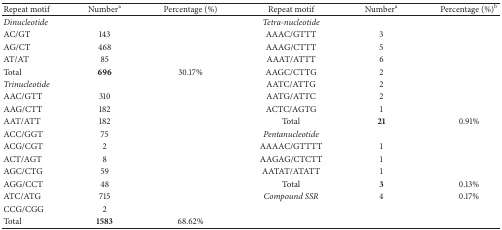
<table><thead><tr><td><b>Repeat motif</b></td><td><b>Number<sup>a</sup></b></td><td><b>Percentage (%)</b></td><td><b>Repeat motif</b></td><td><b>Number<sup>a</sup></b></td><td><b>Percentage (%)<sup>b</sup></b></td></tr></thead><tbody><tr><td><i>Dinucleotide </i></td><td>[EMPTY_CELL]</td><td>[EMPTY_CELL]</td><td><i>Tetra-nucleotide </i></td><td>[EMPTY_CELL]</td><td>[EMPTY_CELL]</td></tr><tr><td>AC/GT</td><td>143</td><td>[EMPTY_CELL]</td><td>AAAC/GTTT</td><td>3</td><td>[EMPTY_CELL]</td></tr><tr><td>AG/CT</td><td>468</td><td>[EMPTY_CELL]</td><td>AAAG/CTTT</td><td>5</td><td>[EMPTY_CELL]</td></tr><tr><td>AT/AT</td><td>85</td><td>[EMPTY_CELL]</td><td>AAAT/ATTT</td><td>6</td><td>[EMPTY_CELL]</td></tr><tr><td>Total</td><td><b>696</b></td><td>30.17%</td><td>AAGC/CTTG</td><td>2</td><td>[EMPTY_CELL]</td></tr><tr><td><i>Trinucleotide </i></td><td>[EMPTY_CELL]</td><td>[EMPTY_CELL]</td><td>AATC/ATTG</td><td>2</td><td>[EMPTY_CELL]</td></tr><tr><td>AAC/GTT</td><td>310</td><td>[EMPTY_CELL]</td><td>AATG/ATTC</td><td>2</td><td>[EMPTY_CELL]</td></tr><tr><td>AAG/CTT</td><td>182</td><td>[EMPTY_CELL]</td><td>ACTC/AGTG</td><td>1</td><td>[EMPTY_CELL]</td></tr><tr><td>AAT/ATT</td><td>182</td><td>[EMPTY_CELL]</td><td>Total</td><td><b>21</b></td><td>0.91%</td></tr><tr><td>ACC/GGT</td><td>75</td><td>[EMPTY_CELL]</td><td><i>Pentanucleotide </i></td><td>[EMPTY_CELL]</td><td>[EMPTY_CELL]</td></tr><tr><td>ACG/CGT</td><td>2</td><td>[EMPTY_CELL]</td><td>AAAAC/GTTTT</td><td>1</td><td>[EMPTY_CELL]</td></tr><tr><td>ACT/AGT</td><td>8</td><td>[EMPTY_CELL]</td><td>AAGAG/CTCTT</td><td>1</td><td>[EMPTY_CELL]</td></tr><tr><td>AGC/CTG</td><td>59</td><td>[EMPTY_CELL]</td><td>AATAT/ATATT</td><td>1</td><td>[EMPTY_CELL]</td></tr><tr><td>AGG/CCT</td><td>48</td><td>[EMPTY_CELL]</td><td>Total</td><td><b>3</b></td><td>0.13%</td></tr><tr><td>ATC/ATG</td><td>715</td><td>[EMPTY_CELL]</td><td><i>Compound SSR </i></td><td>4</td><td>0.17%</td></tr><tr><td>CCG/CGG</td><td>2</td><td>[EMPTY_CELL]</td><td>[EMPTY_CELL]</td><td>[EMPTY_CELL]</td><td>[EMPTY_CELL]</td></tr><tr><td>Total</td><td><b>1583</b></td><td>68.62%</td><td>[EMPTY_CELL]</td><td>[EMPTY_CELL]</td><td>[EMPTY_CELL]</td></tr></tbody></table>